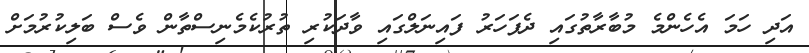
އަދި ހަމަ އެހެންމެ މުބާރާތުގައި ދެފަހަރު ފައިނަލްގައި ވާދަކުރި ތުރުކެމެނިސްތާން ވެސް ބަލިކުރުމަށް